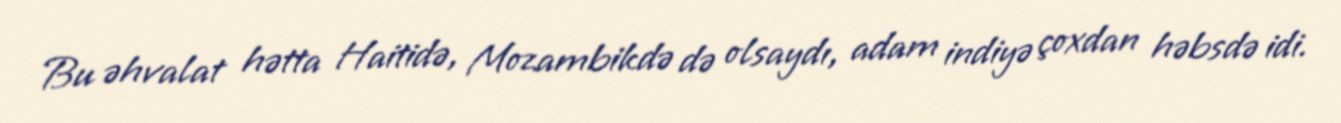
Bu əhvalat hətta Haitidə, Mozambikdə də olsaydı, adam indiyə çoxdan həbsdə idi.